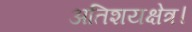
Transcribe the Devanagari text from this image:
अतिशयक्षेत्र।